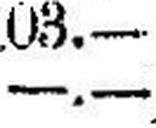
—.—